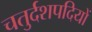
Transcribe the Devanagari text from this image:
चतुर्दशपदियों